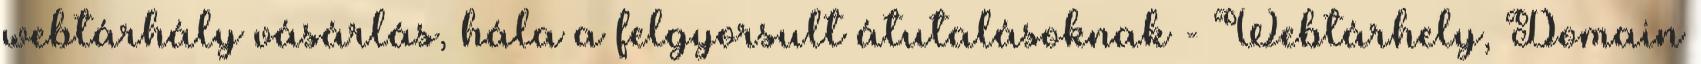
webtárhály vásárlás, hála a felgyorsult átutalásoknak - Webtárhely, Domain